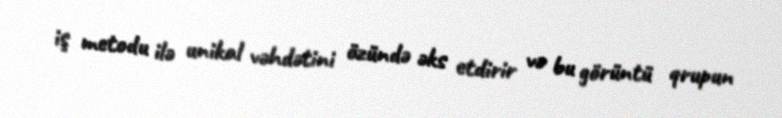
iş metodu ilə unikal vəhdətini özündə əks etdirir və bu görüntü qrupun